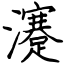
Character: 瀽